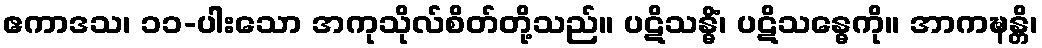
ဧကာဒသ၊ ၁၁-ပါးသော အကုသိုလ်စိတ်တို့သည်။ ပဋိသန္ဓိံ၊ ပဋိသန္ဓေကို။ အာကဍ္ဎန္တိ၊